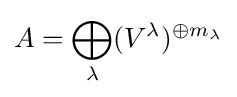
A=\bigoplus _{\lambda }(V^{\lambda })^{\oplus m_{\lambda }}